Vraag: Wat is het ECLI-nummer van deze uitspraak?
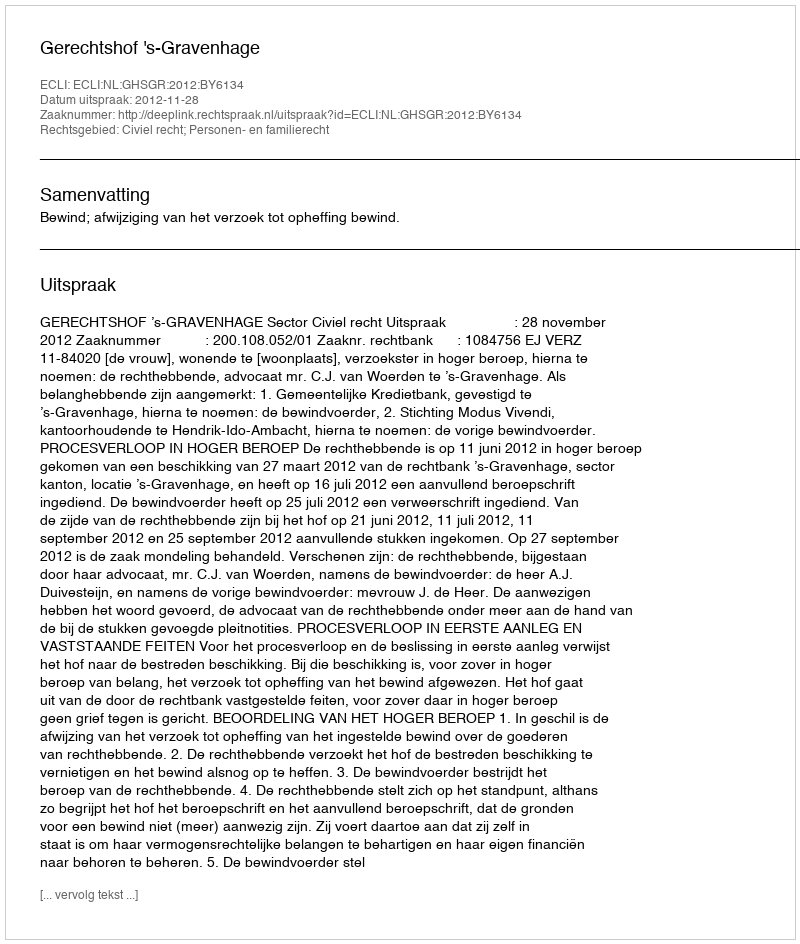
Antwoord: ECLI:NL:GHSGR:2012:BY6134